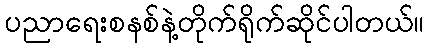
ပညာရေးစနစ်နဲ့တိုက်ရိုက်ဆိုင်ပါတယ်။